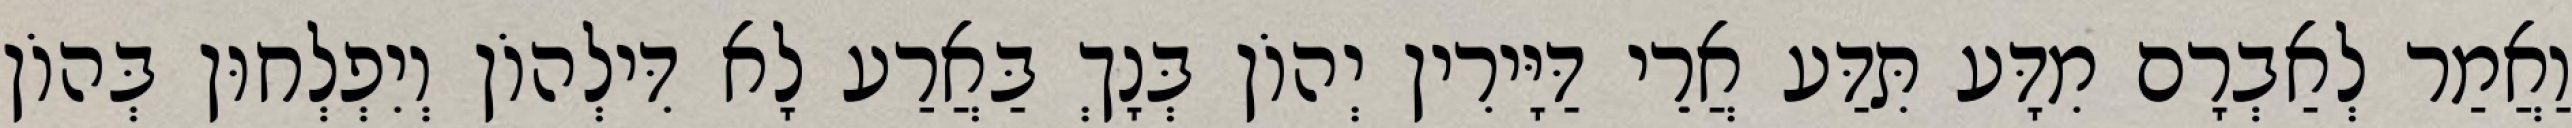
וַאֲמַר לְאַבְרָם מִדָּע תִּדַּע אֲרֵי דַּיָּירִין יְהוֹן בְּנָךְ בַּאֲרַע לָא דִּילְהוֹן וְיִפְלְחוּן בְּהוֹן